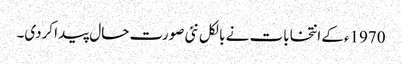
1970ءکے انتخابات نے بالکل نئی صورت حال پیدا کردی۔